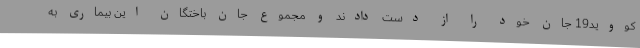
کووید19 جان خود را از دست دادند و مجموع جان باختگان این بیماری به